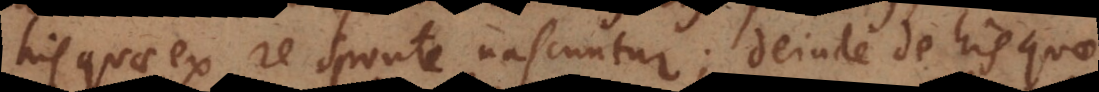
his quae ex re sponte nascuntur; deinde de his qua